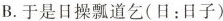
B.于是日操瓢道乞(日：日子)